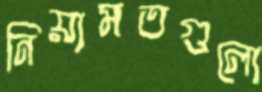
নিয়ামতগুলো